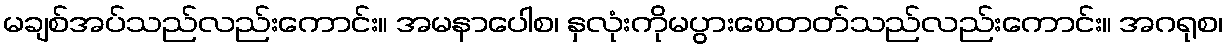
မချစ်အပ်သည်လည်းကောင်း။ အမနာပေါစ၊ နှလုံးကိုမပွားစေတတ်သည်လည်းကောင်း။ အဂရုစ၊